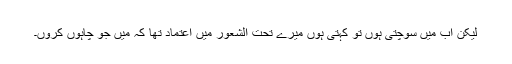
لیکن اب میں سوچتی ہوں تو کہتی ہوں میرے تحت الشعور میں اعتماد تھا کہ میں جو چاہوں کروں۔